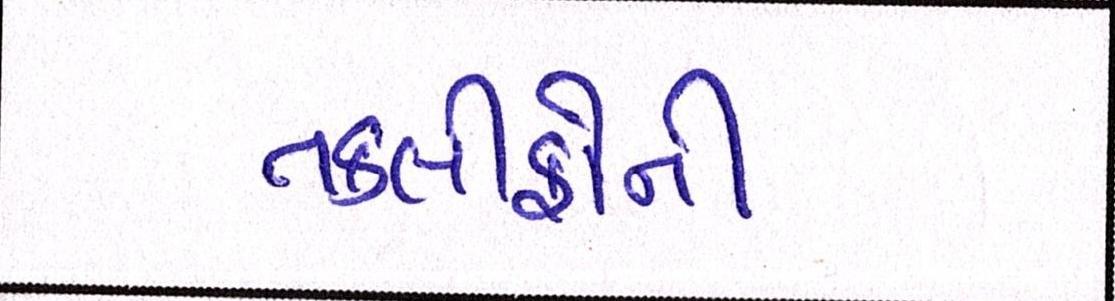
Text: તકલીફોની